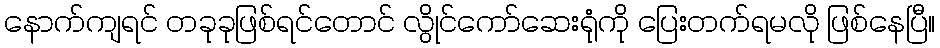
နောက်ကျရင် တခုခုဖြစ်ရင်တောင် လွိုင်ကော်ဆေးရုံကို ပြေးတက်ရမလို ဖြစ်နေပြီ။